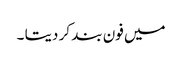
میں فون بند کر دیتا ۔